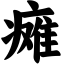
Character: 瘫